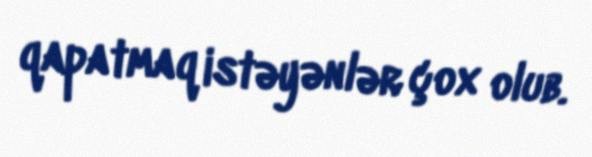
qapatmaq istəyənlər çox olub.